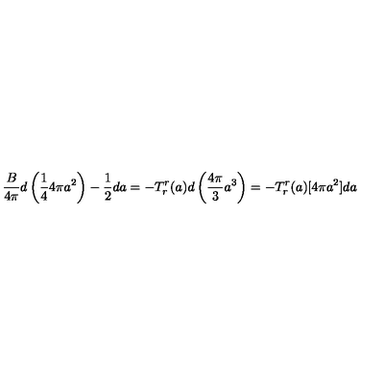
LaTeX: { \frac { B } { 4 \pi } } d \left( { \frac { 1 } { 4 } } 4 \pi a ^ { 2 } \right) - { \frac { 1 } { 2 } } d a = - T _ { r } ^ { r } ( a ) d \left( { \frac { 4 \pi } { 3 } } a ^ { 3 } \right) = - T _ { r } ^ { r } ( a ) [ 4 \pi a ^ { 2 } ] d a